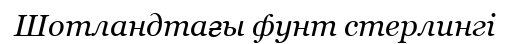
Шотландтағы фунт стерлингі